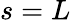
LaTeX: s=L